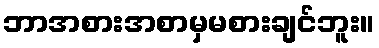
ဘာအစားအစာမှမစားချင်ဘူး။